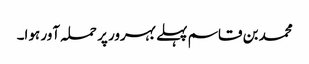
محمد بن قاسم پہلے بہرور پر حملہ آور ہوا۔